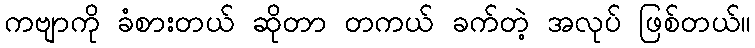
ကဗျာကို ခံစားတယ် ဆိုတာ တကယ် ခက်တဲ့ အလုပ် ဖြစ်တယ်။